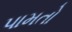
પામતો